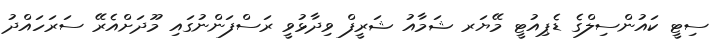
ސިޓީ ކައުންސިލްގެ ޑެޕިއުޓީ މޭޔަރ ޝަމާއު ޝަރީފް ވިދާޅުވީ ރަސްފަންނުގައި މޫދަށްއެރޭ ސަރަހައްދު